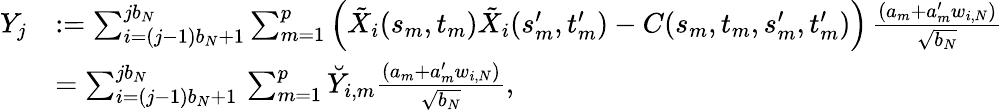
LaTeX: \begin{array}{rl}{Y_{j}}&{:=\sum_{i=(j-1)b_{N}+1}^{jb_{N}}\sum_{m=1}^{p}\left(\tilde{X}_{i}(s_{m},t_{m})\tilde{X}_{i}(s_{m}^{\prime},t_{m}^{\prime})-C(s_{m},t_{m},s_{m}^{\prime},t_{m}^{\prime})\right)\, \frac{(a_{m}+a_{m}^{\prime}w_{i,N})}{\sqrt{b_{N}}}}\\ &{=\sum_{i=(j-1)b_{N}+1}^{jb_{N}}\, \sum_{m=1}^{p}\breve{Y}_{i,m}\frac{(a_{m}+a_{m}^{\prime}w_{i,N})}{\sqrt{b_{N}}},}\end{array}